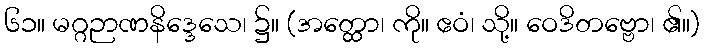
၆၁။ မဂ္ဂဉာဏနိဒ္ဒေသေ၊ ၌။ (အတ္ထော၊ ကို။ ဧဝံ၊ သို့။ ဝေဒိတဗ္ဗော၊ ၏။)